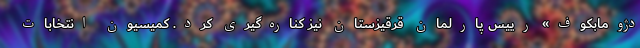
دژومابکوف» رییس پارلمان قرقیزستان نیز کناره‌گیری کرد. کمیسیون انتخابات